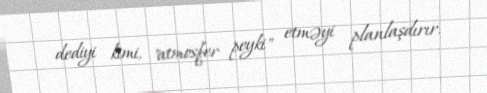
dediyi kimi, "atmosfer peyki" etməyi planlaşdırır.